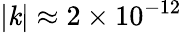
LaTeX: |\mathit{k}|\approx2\times10^{-12}